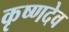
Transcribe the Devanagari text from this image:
कृष्‍णदेव